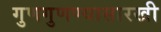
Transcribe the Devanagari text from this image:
गुणगुणण्यासारखी